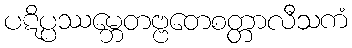
ပဋိပ္ပဿမ္ဘေတဗ္ဗတေစတ္တာလီသကံ